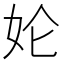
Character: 𱙇